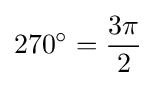
270^{\circ }={\frac {3\pi }{2}}